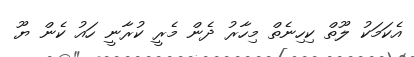
އެކަމަކު ލޫތް ކިހިނެތް މިހާރު ދެން މެރީ ކުރާނީ ހައު ކެން ޔޫ